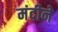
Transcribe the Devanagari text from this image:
मंदीने